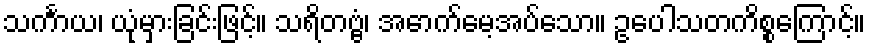
သင်္ကာယ၊ ယုံမှားခြင်းဖြင့်။ သရိတဗ္ဗံ၊ အောက်မေ့အပ်သော။ ဥပေါသတကိစ္စကြောင့်။